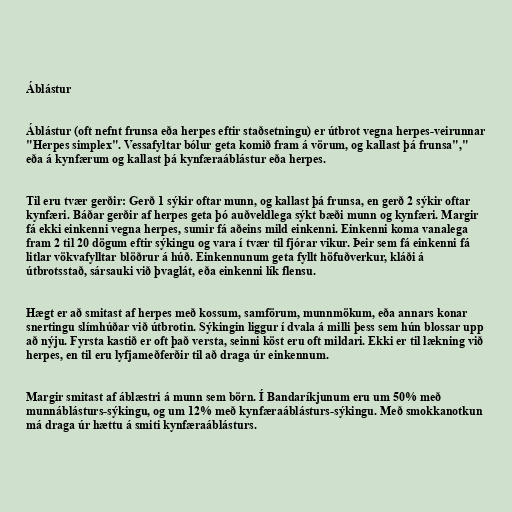
Áblástur

Áblástur (oft nefnt frunsa eða herpes eftir staðsetningu) er útbrot vegna herpes-veirunnar
"Herpes simplex". Vessafyltar bólur geta komið fram á vörum, og kallast þá frunsa","
eða á kynfærum og kallast þá kynfæraáblástur eða herpes.

Til eru tvær gerðir: Gerð 1 sýkir oftar munn, og kallast þá frunsa, en gerð 2 sýkir oftar
kynfæri. Báðar gerðir af herpes geta þó auðveldlega sýkt bæði munn og kynfæri. Margir
fá ekki einkenni vegna herpes, sumir fá aðeins mild einkenni. Einkenni koma vanalega
fram 2 til 20 dögum eftir sýkingu og vara í tvær til fjórar vikur. Þeir sem fá einkenni fá
litlar vökvafylltar blöðrur á húð. Einkennunum geta fyllt höfuðverkur, kláði á
útbrotsstað, sársauki við þvaglát, eða einkenni lík flensu.

Hægt er að smitast af herpes með kossum, samförum, munnmökum, eða annars konar
snertingu slímhúðar við útbrotin. Sýkingin liggur í dvala á milli þess sem hún blossar upp
að nýju. Fyrsta kastið er oft það versta, seinni köst eru oft mildari. Ekki er til lækning við
herpes, en til eru lyfjameðferðir til að draga úr einkennum.

Margir smitast af áblæstri á munn sem börn. Í Bandaríkjunum eru um 50% með
munnáblásturs-sýkingu, og um 12% með kynfæraáblásturs-sýkingu. Með smokkanotkun
má draga úr hættu á smiti kynfæraáblásturs.